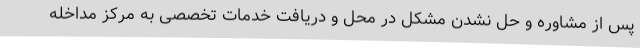
پس از مشاوره و حل نشدن مشکل در محل و دریافت خدمات تخصصی به مرکز مداخله